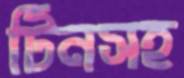
টিনসহ